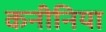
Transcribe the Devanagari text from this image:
कनीनिया